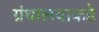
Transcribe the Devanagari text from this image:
ग्रंथालयाकडे